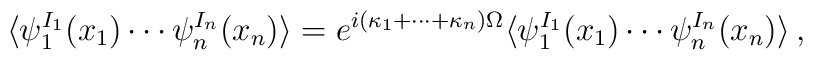
\langle \psi^{I_{1}}_{1}(x_{1})\cdots\psi^{I_{n}}_{n}(x_{n})\rangle=e^{i(\kappa_{1}+\cdots+\kappa_{n})\Omega}\langle \psi^{I_{1}}_{1}(x_{1})\cdots\psi^{I_{n}}_{n}(x_{n})\rangle\,,